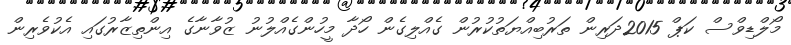
މޯލްޑިވްސް ކަޕް 2015ދަރިން ތަރުބިއްޔަތުކުރުން ގެއްލިގެން ހޯދާ މީހުންގެއްލުނު ޒުވާނާގެ އިންތިޒާރުގައި އެކުވެރިން